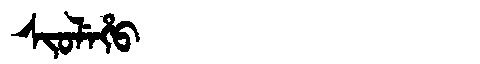
Manchu: ᠰᡳᠣᠯᡝᡥᠣ
Romanization: SIOLEHO